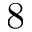
8